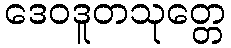
ဒေဝဒူတသုတ္တေ